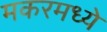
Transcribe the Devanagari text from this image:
मकरमध्ये